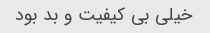
خیلی بی کیفیت و‌ بد بود